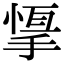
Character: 𢰨